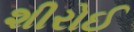
શીરોઈ